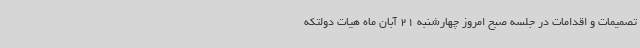
تصمیمات و اقدامات در جلسه صبح امروز چهارشنبه 21 آبان ماه هیات دولتکه